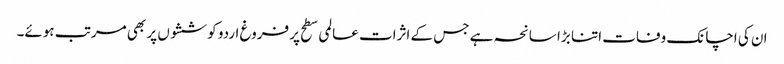
ان کی اچانک وفات اتنا بڑا سانحہ ہے جس کے اثرات عالمی سطح پر فروغ اردو کوششوں پر بھی مرتب ہوئے۔